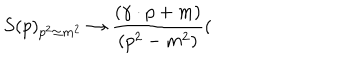
LaTeX: S ( p ) _ { p ^ { 2 } \simeq m ^ { 2 } } \rightarrow \frac { ( \gamma \cdot p + m ) } { ( p ^ { 2 } - m ^ { 2 } ) } (